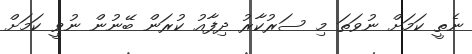
ނެތީ ކަމަށް ނުވަތަ މި ސަރުކާރު ދިފާއު ކުރަން ބޭނުން ނުވީ ކަމަށް